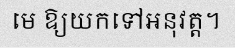
មេ ឱ្យយកទៅអនុវត្ត។